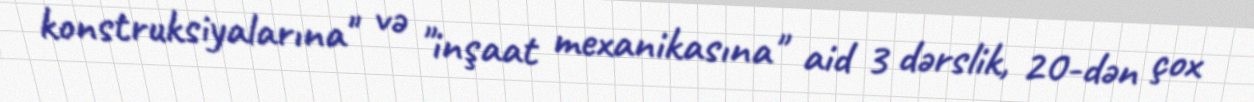
konstruksiyalarına" və "inşaat mexanikasına" aid 3 dərslik, 20-dən çox